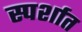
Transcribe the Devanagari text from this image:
स्पर्शात